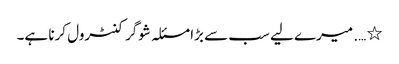
٭ …. میرے لیے سب سے بڑا مسئلہ شوگر کنٹرول کرنا ہے۔